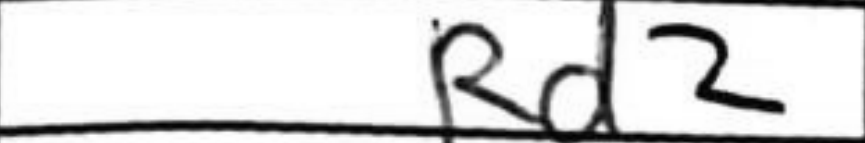
Transcription: Rd2